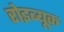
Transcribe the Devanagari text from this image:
रोइब्यूक